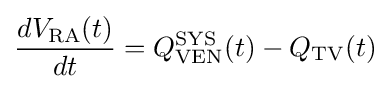
{\frac {dV_{\mathrm {RA} }(t)}{dt}}=Q_{\mathrm {VEN} }^{\mathrm {SYS} }(t)-Q_{\mathrm {TV} }(t)